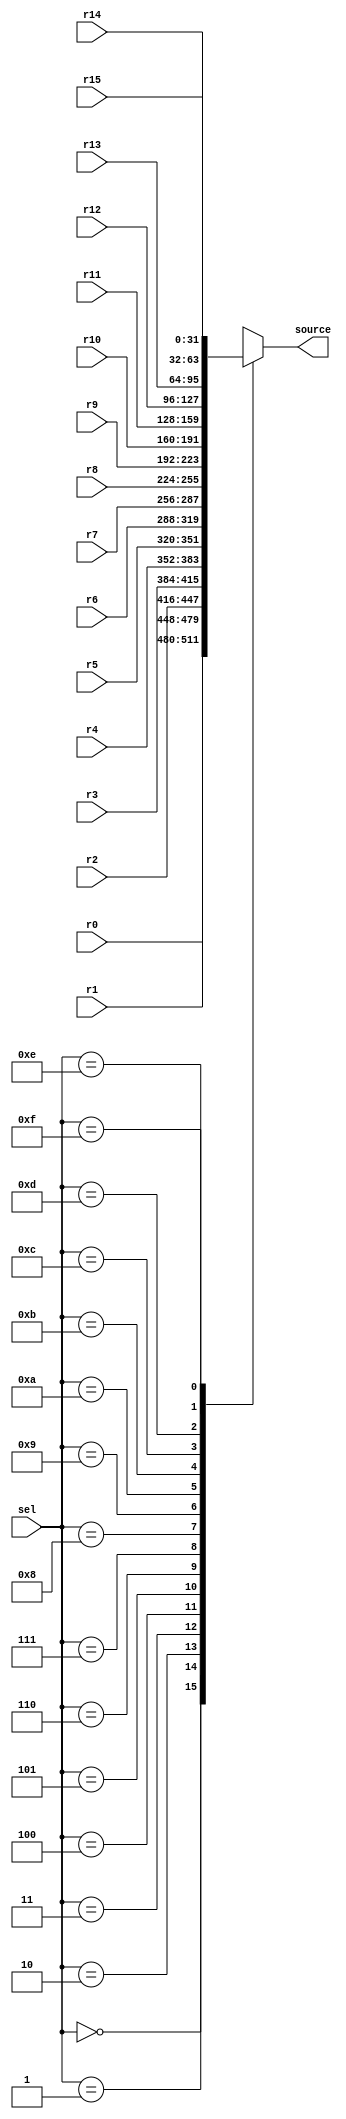
module mux(sel, r0, r1, r2, r3, r4, r5, r6, r7, r8, r9, r10, r11, r12, r13, r14, r15, source);
	input [3:0] sel;
	input [31:0] r0, r1, r2, r3, r4, r5, r6, r7, r8, r9, r10, r11, r12, r13, r14, r15;
	output reg [31:0] source;

	always@*
	begin
		case(sel)
		4'b0000: source=r0;
		4'b0001: source=r1;
		4'b0010: source=r2;
		4'b0011: source=r3;
		4'b0100: source=r4;
		4'b0101: source=r5;
		4'b0110: source=r6;
		4'b0111: source=r7;
		4'b1000: source=r8;
		4'b1001: source=r9;
		4'b1010: source=r10;
		4'b1011: source=r11;
		4'b1100: source=r12;
		4'b1101: source=r13;
		4'b1110: source=r14;
		4'b1111: source=r15;
		default: source=0;
		endcase
	end
endmodule